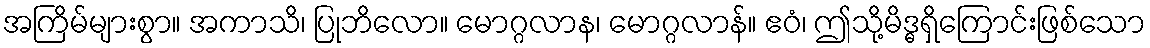
အကြိမ်များစွာ။ အကာသိ၊ ပြုဘိလော။ မောဂ္ဂလာန၊ မောဂ္ဂလာန်။ ဧဝံ၊ ဤသို့မိဒ္ဓရှိကြောင်းဖြစ်သော